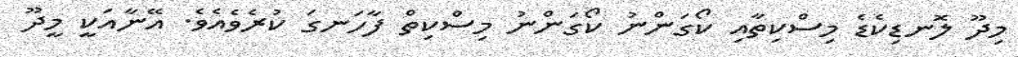
މިދޫ ލޮނޑިކެޑެ މިސްކިތާއި ކޯގަންނު ކޯގަންނު މިސްކިތް ފާހަނގަ ކުރެވެއެވެ. އޭނާއަކީ މީދޫ